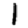
Digit: 1